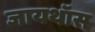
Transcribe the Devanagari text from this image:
जायथॉस